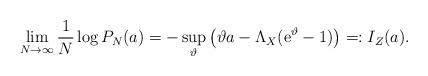
LaTeX: \begin{align*}\lim_{N\to\infty} \frac{1}{N}\log P_N(a) = -\sup_\vartheta\left(\vartheta a - \Lambda_X({\rm e}^\vartheta -1)\right)=:I_Z(a).\end{align*}